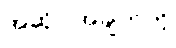
အဆိုပါအချက်ကို